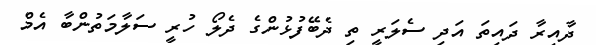
ދާއިރާ ދައިތަ އަދި ސެލަރީ ތި ދެބޭފުޅުންގެ ދެލޯ ހުރީ ސަލާމަތުންބާ އެމް